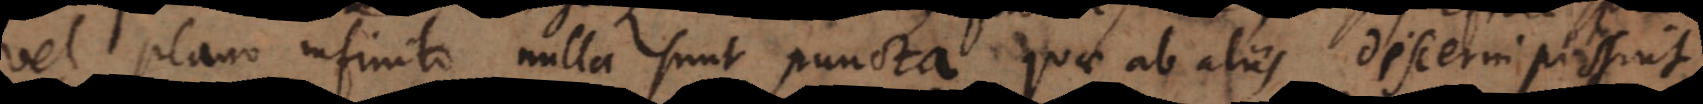
vel plano infinito nulla sunt puncta quae ab aliis discerni possint;